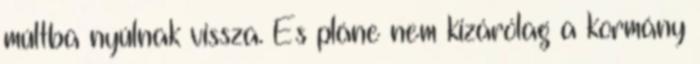
múltba nyúlnak vissza. És pláne nem kizárólag a kormány